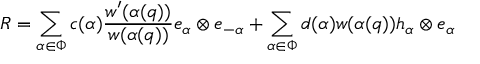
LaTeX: R = \sum _ { \alpha \in \Phi } c ( \alpha ) \frac { w ^ { \prime } ( \alpha ( q ) ) } { w ( \alpha ( q ) ) } e _ { \alpha } \otimes e _ { - \alpha } + \sum _ { \alpha \in \Phi } d ( \alpha ) w ( \alpha ( q ) ) h _ { \alpha } \otimes e _ { \alpha }